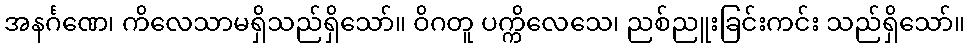
အနင်္ဂဏေ၊ ကိလေသာမရှိသည်ရှိသော်။ ဝိဂတူ ပက္ကိလေသေ၊ ညစ်ညူးခြင်းကင်း သည်ရှိသော်။